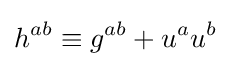
h^{ab}\equiv g^{ab}+u^{a}u^{b}